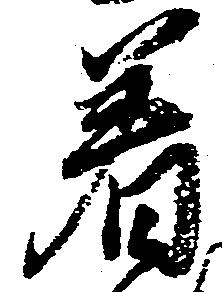
着